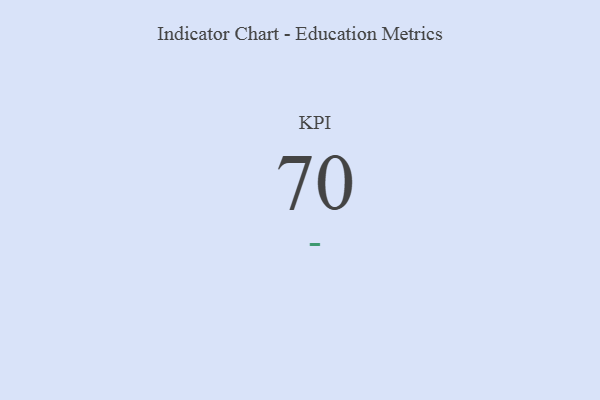
{"axis": {"x": "KPI", "y": "Value"}, "legend": [""], "data": [{"x": "KPI", "y": 70, "type": ""}]}